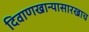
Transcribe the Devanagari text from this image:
दिवाणखान्यासारखाच